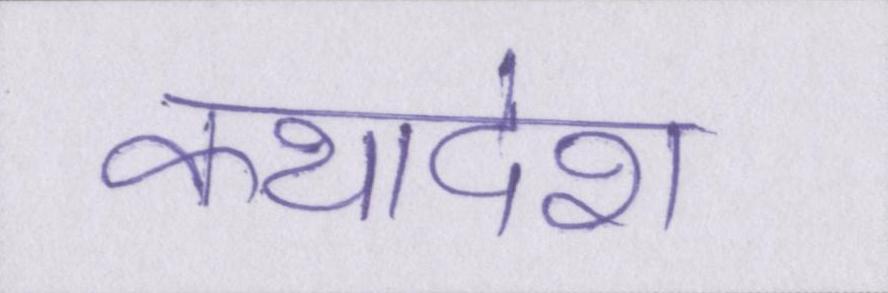
कथादेश